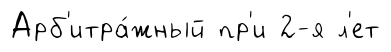
Арб'итра́жный пр'и 2-я л'ет